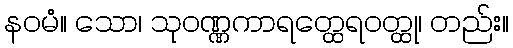
နဝမံ။ သော၊ သုဝဏ္ဏကာရတ္ထေရဝတ္ထု၊ တည်း။